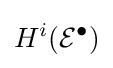
H^{i}({\mathcal {E}}^{\bullet })